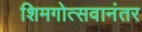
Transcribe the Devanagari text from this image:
शिमगोत्सवानंतर